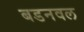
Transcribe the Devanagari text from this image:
बडनवल